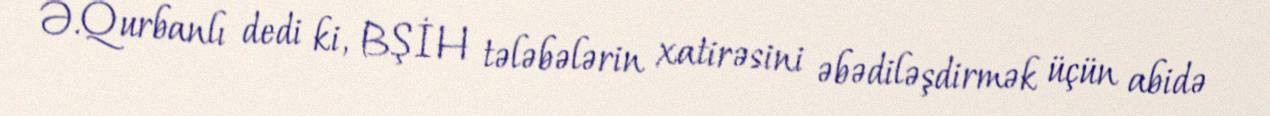
Ə.Qurbanlı dedi ki, BŞİH tələbələrin xatirəsini əbədiləşdirmək üçün abidə